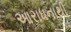
આરાધનાથી